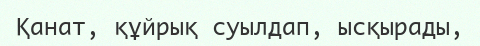
Қанат, құйрық суылдап, ысқырады,